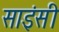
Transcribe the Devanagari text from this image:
साइंसी